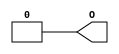
//    Xilinx Proprietary Primitive Cell X_ZERO for Verilog
//
// $Header: /devl/xcs/repo/env/Databases/CAEInterfaces/versclibs/data/X_ZERO.v,v 1.10 2003/01/21 02:38:45 wloo Exp $
//

`timescale 1 ps/1 ps

module X_ZERO (O);

  output O;

  assign O = 1'b0;

endmodule